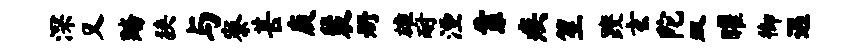
深又踏狭与寮甚庾裴册雄耐湮靠疾笙躞玄陀双曜御遇